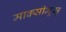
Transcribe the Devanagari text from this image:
माक्सीमूस्